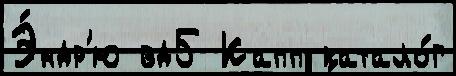
Э́ндр'ю вд5 Капп катало́г